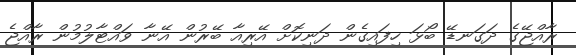
ރާއްޖޭގެ ދަގަނޑޭ ބޯޅަ ހިފައިގެން ދަނިކޮށް އޭރިއާ ބޭރުން އޭނާ ވައްޓާލުމުން ރާއްޖެ